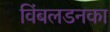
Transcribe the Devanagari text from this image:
विंबलडनका